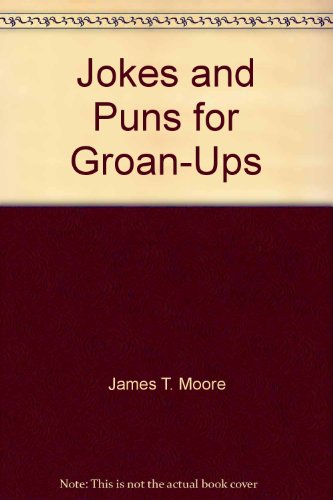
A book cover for Jokes and puns for groan-ups; James T Moore; Humor & Entertainment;